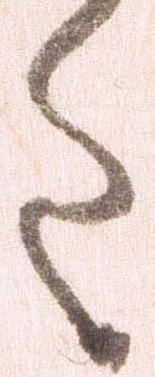
た